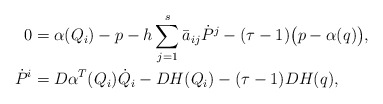
\begin{align*}0 &= \alpha(Q_i) - p - h \sum_{j=1}^s \bar a_{ij} \dot P^j - (\tau-1) \big( p-\alpha(q) \big), \\\dot P^i &= D\alpha^T(Q_i) \dot Q_i - DH(Q_i) - (\tau -1) DH(q),\end{align*}